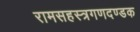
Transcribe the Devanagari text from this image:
रामसहस्त्रगणदण्डक